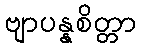
ဗျာပန္နစိတ္တာ